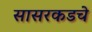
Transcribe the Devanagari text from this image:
सासरकडचे